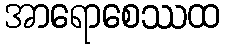
အာရောစေဿထ